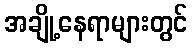
အချို့နေရာများတွင်